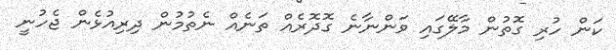
ކަން ހުރި ގޮތުން މާލޭގައި ވަންނާނެ ގޮދޮރެއް ތަނެއް ނެތުމުން ދިރިއުޅެން ޖެހުނީ